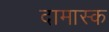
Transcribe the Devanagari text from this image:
दामास्क